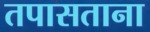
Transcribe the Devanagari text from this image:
तपासताना